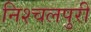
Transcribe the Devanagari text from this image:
निश्चलपुरी